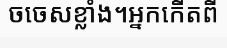
ចចេសខ្លាំង។អ្នកកើតពី